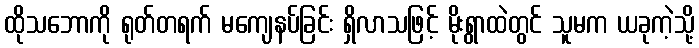
ထိုသဘောကို ရုတ်တရက် မကျေနပ်ခြင်း ရှိလာသဖြင့် မိုးရွာထဲတွင် သူမက ယခုကဲ့သို့